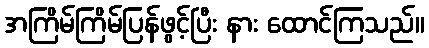
အကြိမ်ကြိမ်ပြန်ဖွင့်ပြီး နား ထောင်ကြသည်။